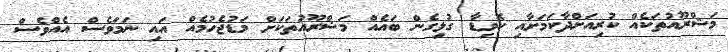
މަޝްރޫއުތަކެއް ކުރިއަށްދާކަމަށާއި ކޮވިޑާ ގުޅިގެން ބައެއް މަޝްރޫއުތަކަށް މަޑުޖެހުމެއް އައި ނަމަވެސް އެއްވެސް